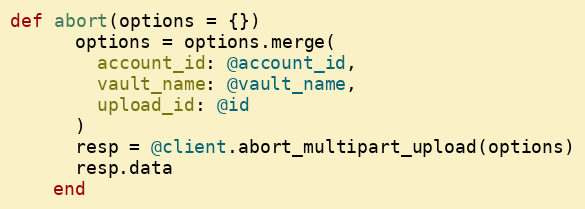
Language: Ruby
def abort(options = {})
      options = options.merge(
        account_id: @account_id,
        vault_name: @vault_name,
        upload_id: @id
      )
      resp = @client.abort_multipart_upload(options)
      resp.data
    end